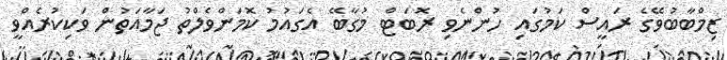
ޒިމްބާބުވޭގެ ރައީސް ކަމުގައި ހުންނެވި ރޮބަޓް މުގާބޭ އެގައުމު ކޮމަންވެލްތު ޖަމާއަތުން ވަކިކުރެއްވީ